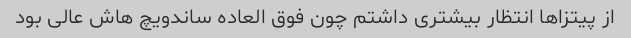
از پیتزاها انتظار بیشتری داشتم چون فوق العاده ساندویچ هاش عالی بود